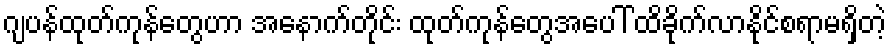
ဂျပန်ထုတ်ကုန်တွေဟာ အနောက်တိုင်း ထုတ်ကုန်တွေအပေါ် ထိခိုက်လာနိုင်စရာမရှိတဲ့